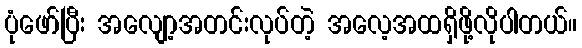
ပုံဖော်ပြီး အလျော့အတင်းလုပ်တဲ့ အလေ့အထရှိဖို့လိုပါတယ်။